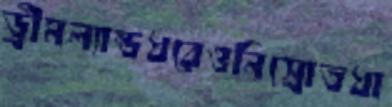
ড্রীমল্যান্ডধরেওনিস্রোতধা